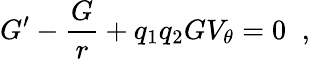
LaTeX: G^{\prime}-\frac{G}{r}+q_{1}q_{2}GV_{\theta}=0\; \; ,